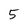
Character: 5